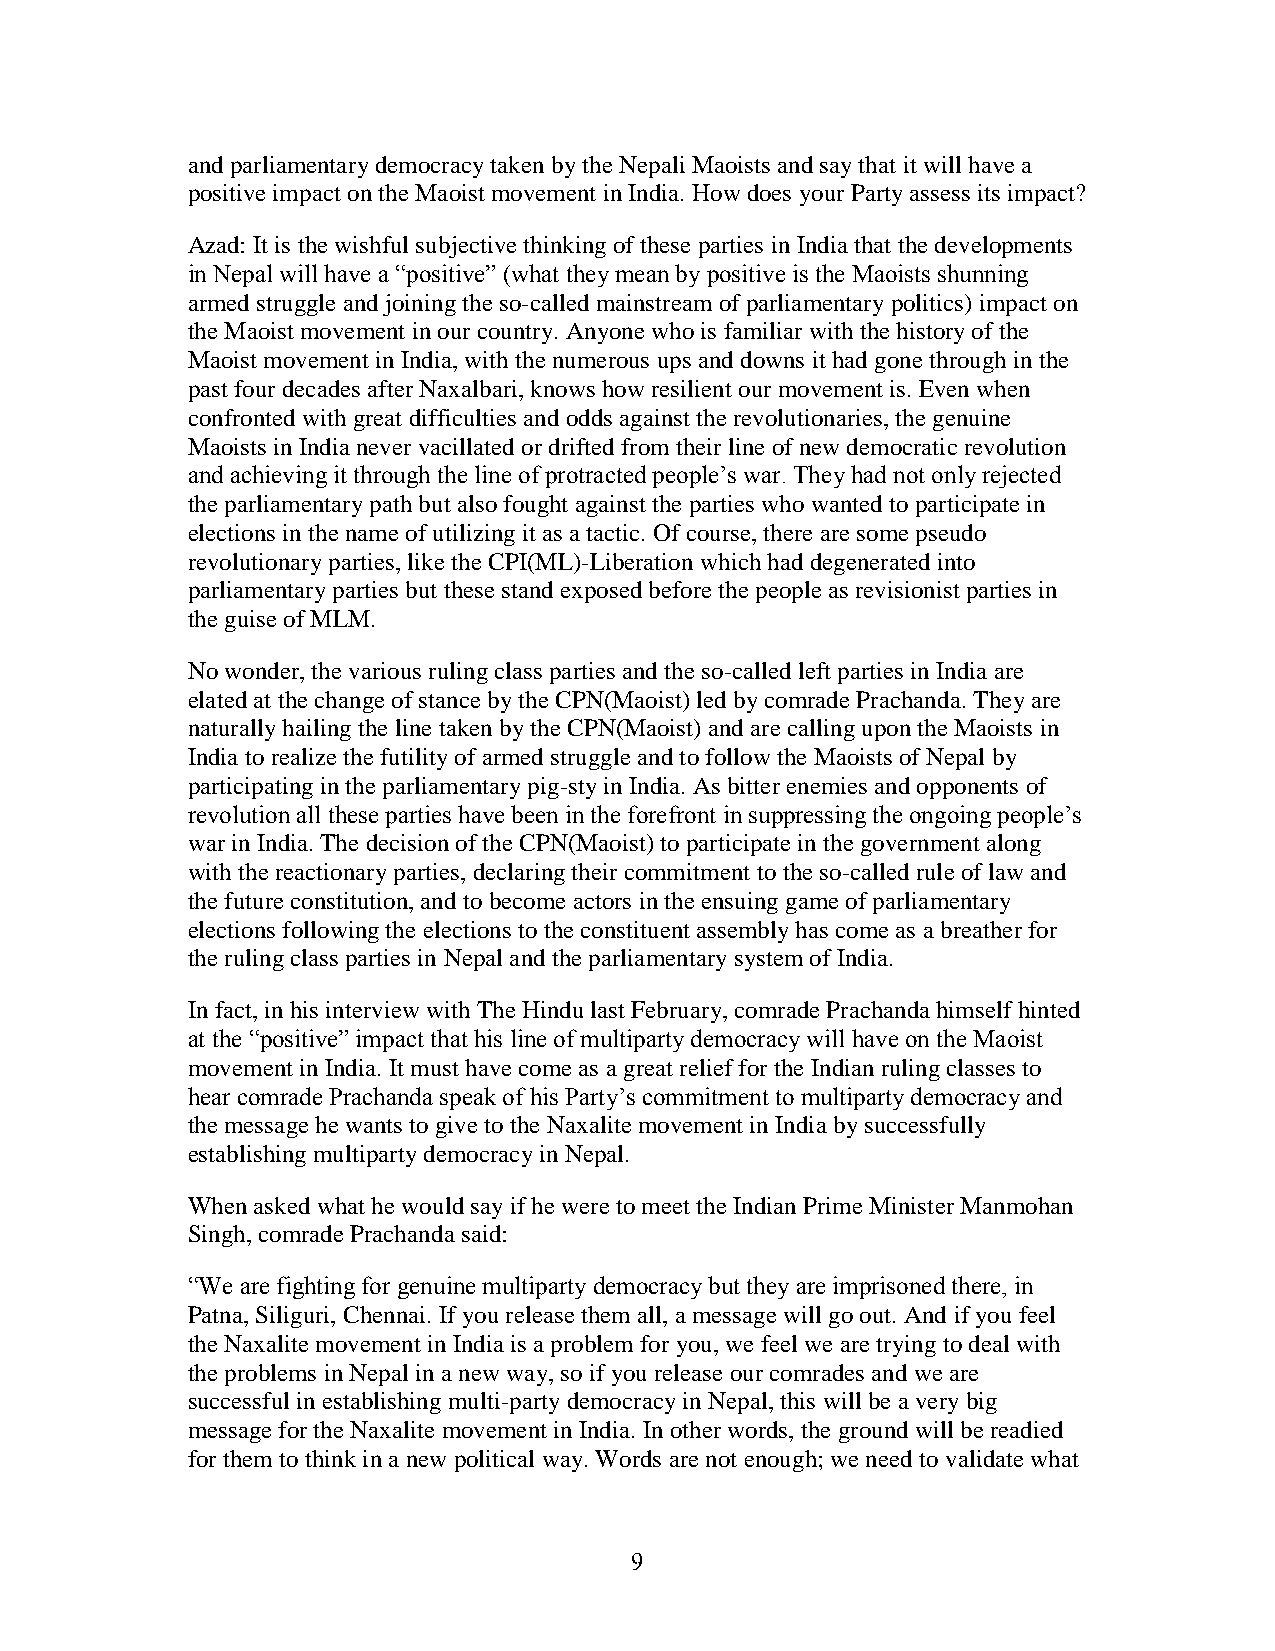
and parliamentary democracy taken by the Nepali Maoists and say that it will have a
 positive impact on the Maoist movement in India. How does your Party assess its impact?
 Azad: It is the wishful subjective thinking of these parties in India that the developments
 in Nepal will have a ―positive‖ (what they mean by positive is the Maoists shunning
 armed struggle and joining the so-called mainstream of parliamentary politics) impact on
 the Maoist movement in our country. Anyone who is familiar with the history of the
 Maoist movement in India, with the numerous ups and downs it had gone through in the
 past four decades after Naxalbari, knows how resilient our movement is. Even when
 confronted with great difficulties and odds against the revolutionaries, the genuine
 Maoists in India never vacillated or drifted from their line of new democratic revolution
 and achieving it through the line of protracted people‘s war. They had not only rejected
 the parliamentary path but also fought against the parties who wanted to participate in
 elections in the name of utilizing it as a tactic. Of course, there are some pseudo
 revolutionary parties, like the CPI(ML)-Liberation which had degenerated into
 parliamentary parties but these stand exposed before the people as revisionist parties in
 the guise of MLM.
 No wonder, the various ruling class parties and the so-called left parties in India are
 elated at the change of stance by the CPN(Maoist) led by comrade Prachanda. They are
 naturally hailing the line taken by the CPN(Maoist) and are calling upon the Maoists in
 India to realize the futility of armed struggle and to follow the Maoists of Nepal by
 participating in the parliamentary pig-sty in India. As bitter enemies and opponents of
 revolution all these parties have been in the forefront in suppressing the ongoing people‘s
 war in India. The decision of the CPN(Maoist) to participate in the government along
 with the reactionary parties, declaring their commitment to the so-called rule of law and
 the future constitution, and to become actors in the ensuing game of parliamentary
 elections following the elections to the constituent assembly has come as a breather for
 the ruling class parties in Nepal and the parliamentary system of India.
 In fact, in his interview with The Hindu last February, comrade Prachanda himself hinted
 at the ―positive‖ impact that his line of multiparty democracy will have on the Maoist
 movement in India. It must have come as a great relief for the Indian ruling classes to
 hear comrade Prachanda speak of his Party‘s commitment to multiparty democracy and
 the message he wants to give to the Naxalite movement in India by successfully
 establishing multiparty democracy in Nepal.
 When asked what he would say if he were to meet the Indian Prime Minister Manmohan
 Singh, comrade Prachanda said:
 ―We are fighting for genuine multiparty democracy but they are imprisoned there, in
 Patna, Siliguri, Chennai. If you release them all, a message will go out. And if you feel
 the Naxalite movement in India is a problem for you, we feel we are trying to deal with
 the problems in Nepal in a new way, so if you release our comrades and we are
 successful in establishing multi-party democracy in Nepal, this will be a very big
 message for the Naxalite movement in India. In other words, the ground will be readied
 for them to think in a new political way. Words are not enough; we need to validate what
 9